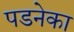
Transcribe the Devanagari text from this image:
पडनेका